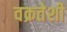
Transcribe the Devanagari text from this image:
वक्रतेशी